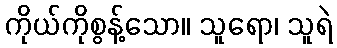
ကိုယ်ကိုစွန့်သော။ သူရော၊ သူရဲ